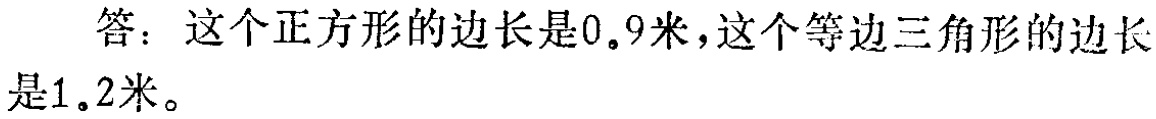
答：这个正方形的边长是\(0.9\)米，这个等边三角形的边长是\(1.2\)米。